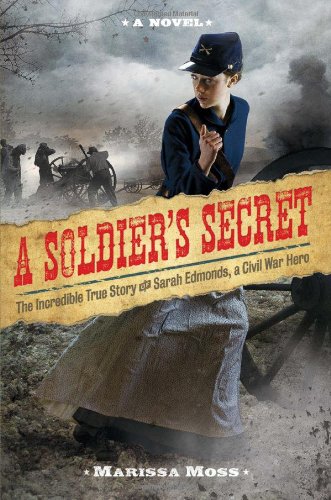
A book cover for A Soldier's Secret: The Incredible True Story of Sarah Edmonds, a Civil War Hero; Marissa Moss; Teen & Young Adult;